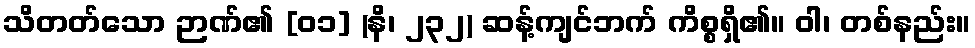
သိတတ်သော ဉာဏ်၏ [၀၁] (နိ၊ ၂၃၂) ဆန့်ကျင်ဘက် ကိစ္စရှိ၏။ ဝါ၊ တစ်နည်း။